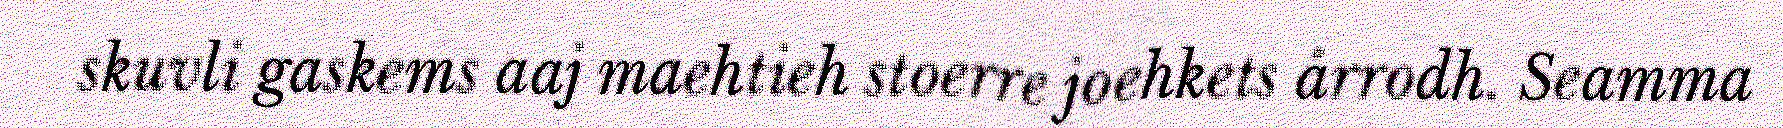
skuvli gaskems aaj maehtieh stoerre joehkets årrodh. Seamma